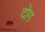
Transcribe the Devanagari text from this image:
दोग